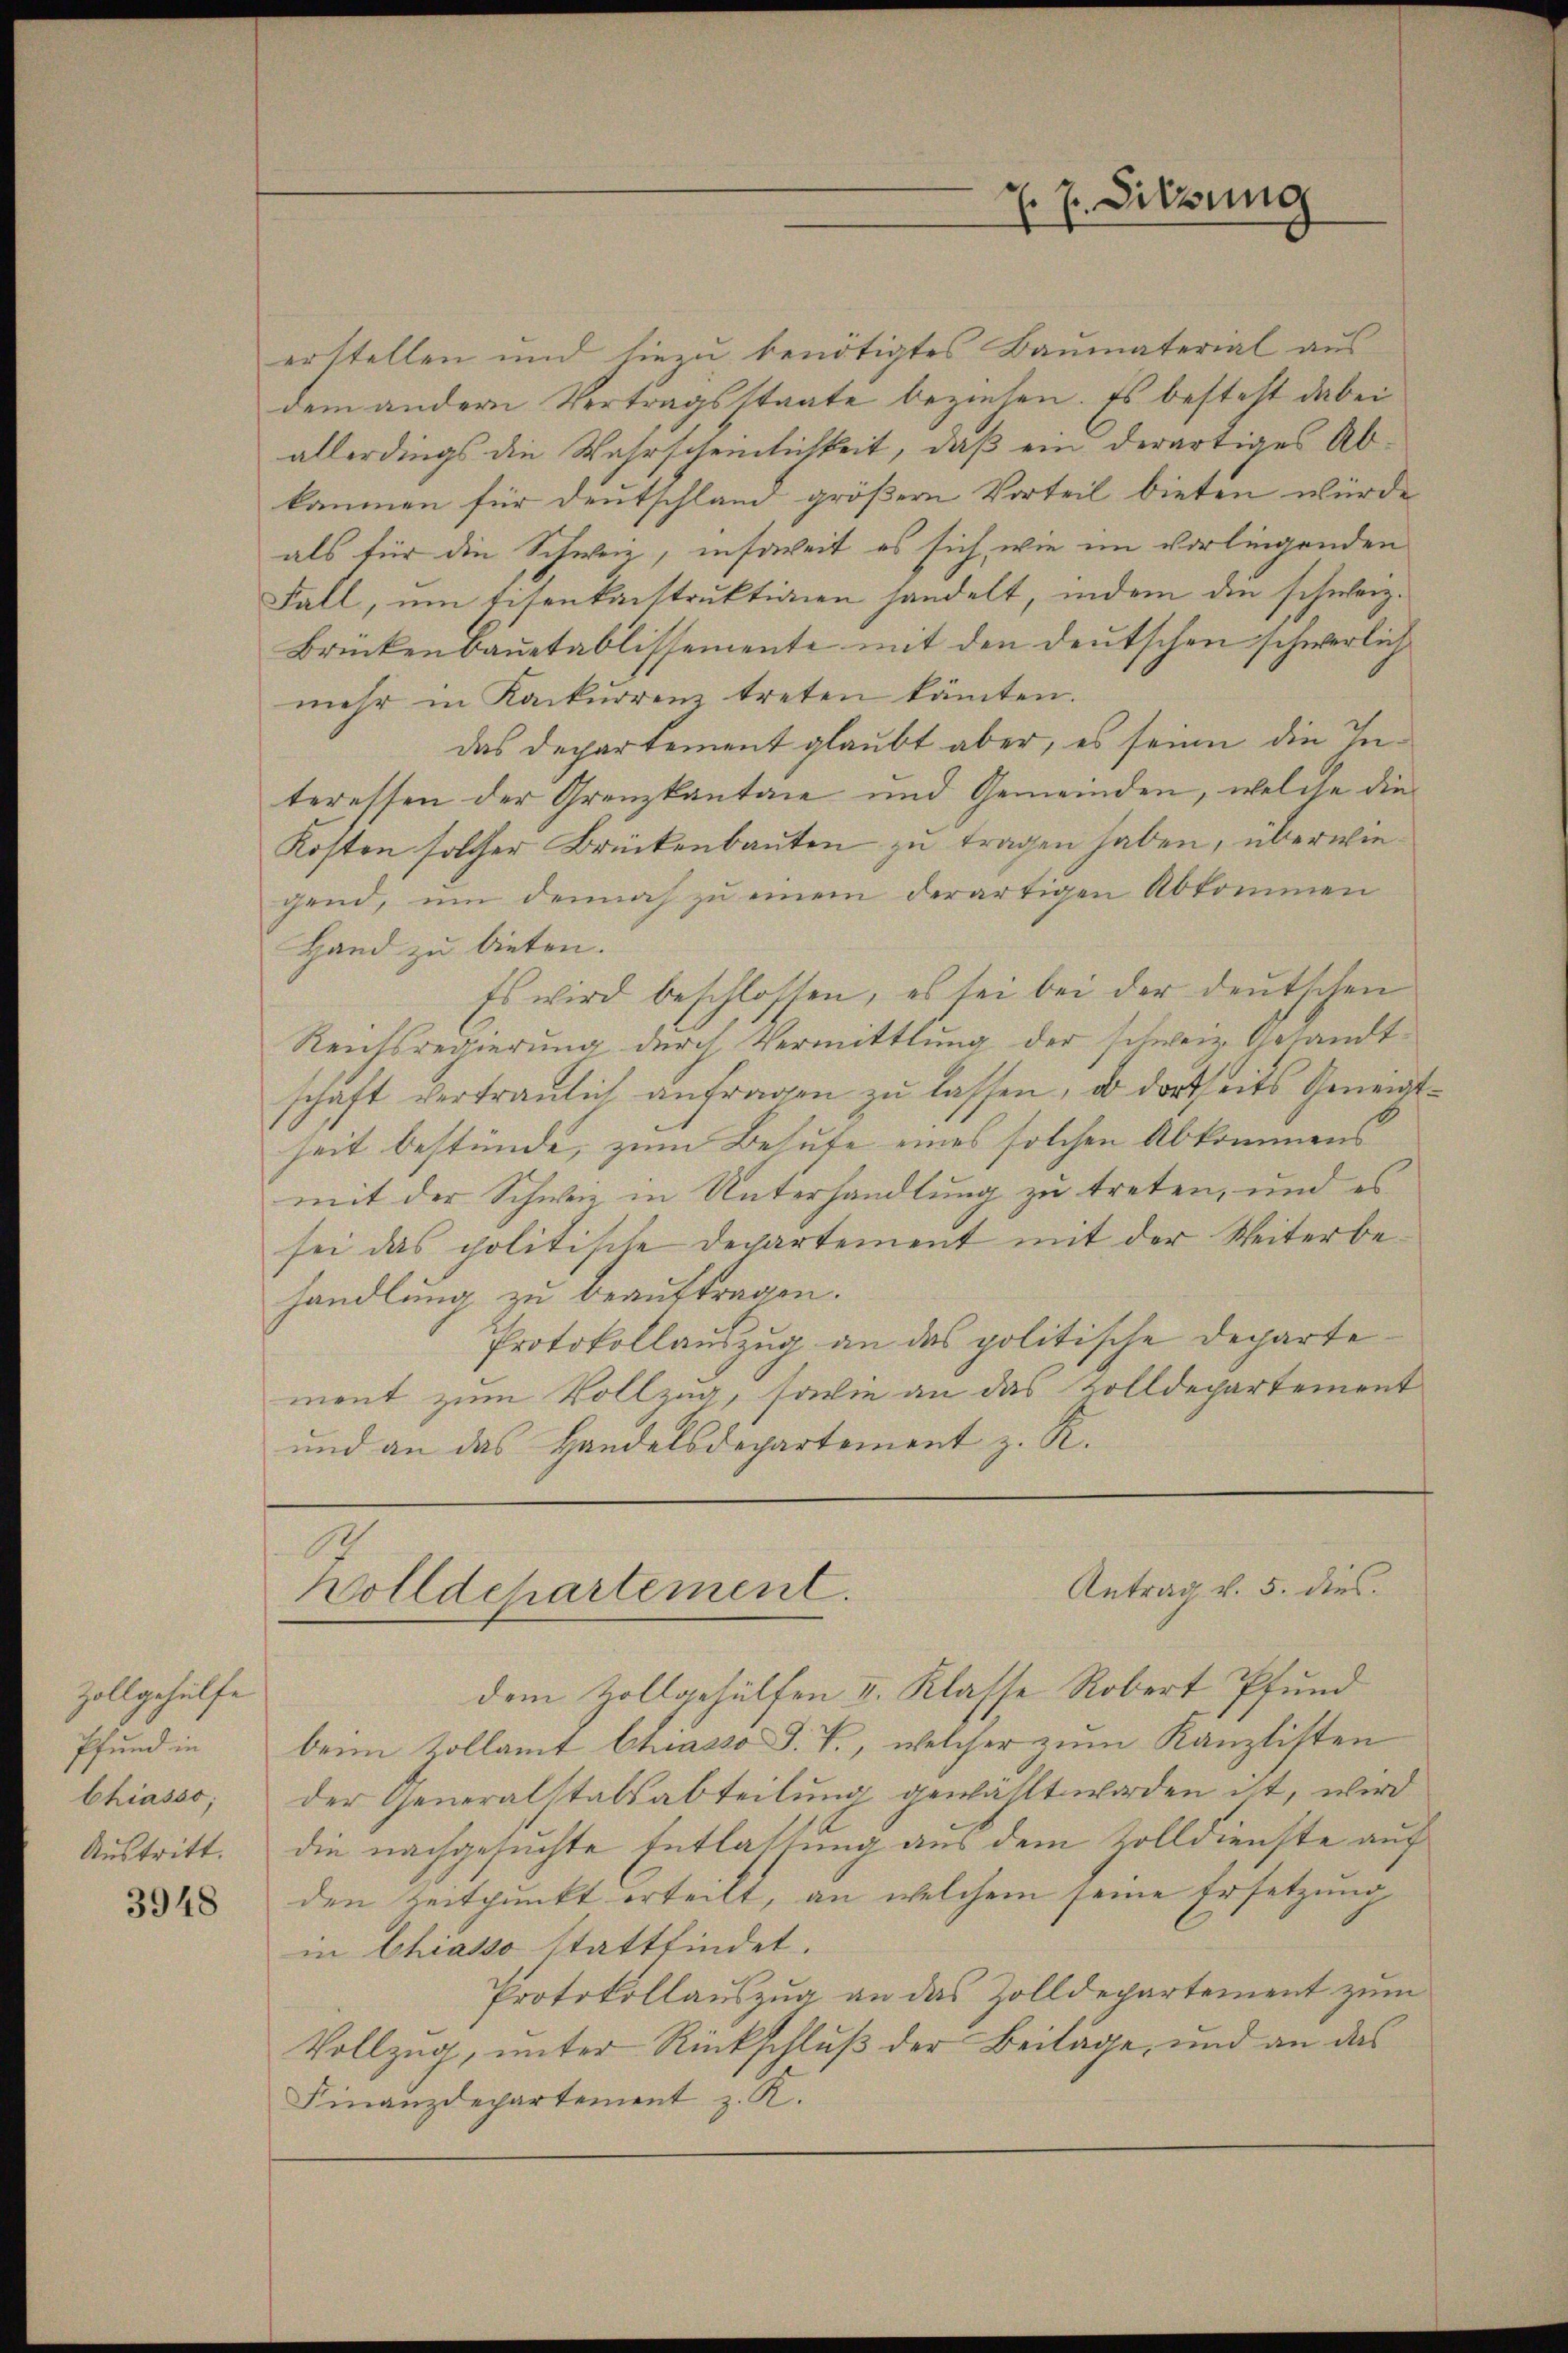
Zollgehülfe
Pfund in
Chiasso,
Austritt.

3948

Z. 7. Sitzung

erstellen und hiezu benötigtes Baŭmaterial aŭs
dem andern Vertragsstaate beziehen. Es besteht dabei
allerdings die Wahrscheinlichkeit, daß ein derartiges Abkämmen für Deutschland größern Vorteil bieten würde
als für die Schweiz, insoweit es sich, wie im vorliegenden
Fall, um Eisenkanstruktionen handelt, indem die schweiz.
Brückenbauetablissemente mit den deutschen schwerlich
mehr in Konkurrenz treten könnten.
das Departement glaubt aber, es seine die Interessen der Grenzkantane und Gemeinden, welche die
Kosten solcher Brückenbauten zu tragen haben, überwiegend, um dennoch zu einem derartigen Abkommen
Hand zu bieten.
Es wird beschlossen, es sei bei der deutschen
Reichsregierung durch Vermittlung der schweiz. Gesandtschaft vertraulich anfragen zu lassen, ob dortseits Gemeintheit bestünde, zum Behufe eines solchen Abkommens
mit der Schweiz in Unterhandlung zu treten, und es
sei das politische Departement mit der Weiterbehandlung zu beauftragen.
Protokollauszug an das politische Departement zum Vollzug, sowie an das Zolldepartement
und an das Handelsdepartement z. R.

h
Antrag v. 5. dies
Holldchartement.

dem Zollgehülfen II. Klasse Robert Pfund
beim Zollamt Chiasso T. T., welcher zum Kanzlisten
der Generalstalsabteilung gewählt worden ist, wird
die nachgesuchte Entlastung aus dem Volldienste auf
den Zeitpunkt erteilt, an welchem seine Ersetzung
in Chiasso stattfindet.
Protokollauszug an das Zolldepartement zum
Vollzug, unter Rückschluß der Beilage, und an das
Finanzdepartement z. K.